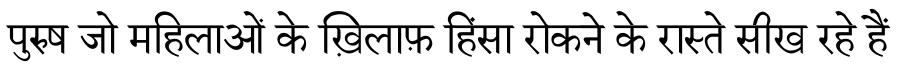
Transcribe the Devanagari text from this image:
पुरुष जो महिलाओं के ख़िलाफ़ हिंसा रोकने के रास्ते सीख रहे हैं